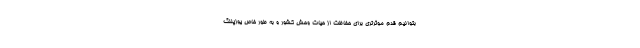
بتوانیم قدم موثرتری برای حفاظت از حیات وحش کشور و به طور خاص یوزپلنگ